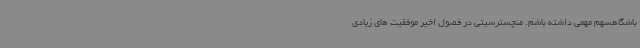
باشگاهسهم مهمی داشته باشم. منچسترسیتی در فصول اخیر موفقیت های زیادی